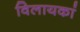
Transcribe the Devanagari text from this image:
विलायकां